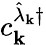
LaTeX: {c_{\mathbf{k}}^{\hat{\lambda}_{\mathbf{k}}\dagger}}